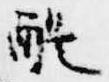
醍